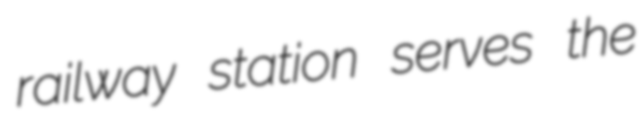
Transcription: railway station serves the